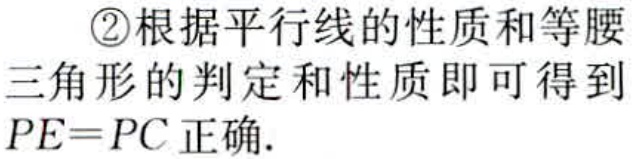
\textcircled{2}根据平行线的性质和等腰
三角形的判定和性质即可得到
$PE = PC$正确.